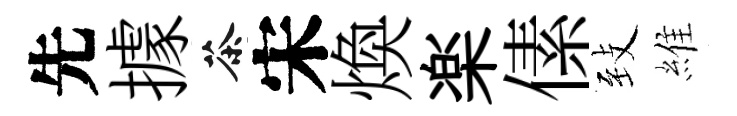
先據茶宋煥楽傃𦤺維